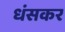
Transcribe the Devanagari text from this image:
धंसकर